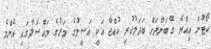
ކޯޓުން އިއްޔެ ގޭބަންދަށް ބަދަލުކުރި ކުއްޖާ އަކީ އަސީލުގެ މަރުގެ މައްސަލާގައި އެންމެ